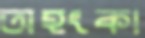
অহংকা